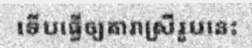
ទើបធ្វើឲ្យតារាស្រីរូបនេះ